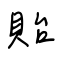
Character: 貽